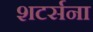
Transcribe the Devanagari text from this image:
शटर्सना